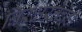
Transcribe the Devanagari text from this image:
निरक्षरतेचेही